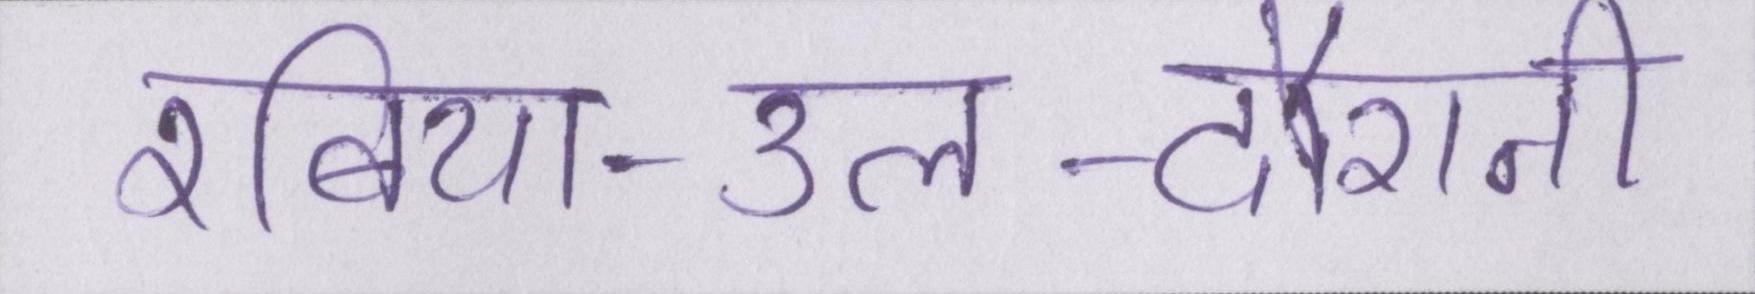
रबिया-उल-दौरानी